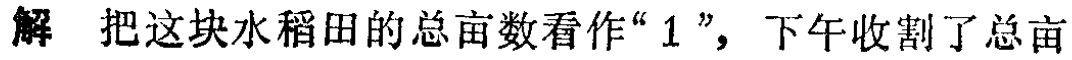
解 把这块水稻田的总亩数看作“$1$”，下午收割了总亩